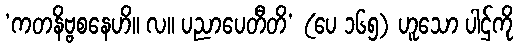
‘ကတနိဗ္ဗစနေဟိ။ လ။ ပညာပေတီတိ’ (ပေ ၁၆၅) ဟူသော ပါဌ်ကို